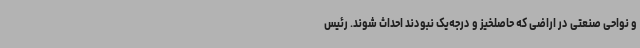
و نواحی صنعتی در اراضی که حاصلخیز و درجه‌یک نبودند احداث شوند. رئیس